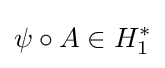
\psi \circ A\in H_{1}^{*}